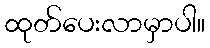
ထုတ်ပေးလာမှာပါ။